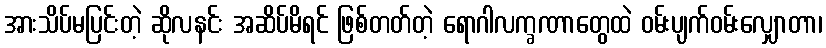
အားသိပ်မပြင်းတဲ့ ဆိုလနင်း အဆိပ်မိရင် ဖြစ်တတ်တဲ့ ရောဂါလက္ခဏာတွေထဲ ဝမ်းပျက်ဝမ်းလျှောတာ၊